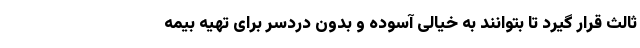
ثالث قرار گیرد تا بتوانند به خیالی آسوده و بدون دردسر برای تهیه بیمه